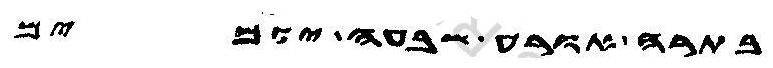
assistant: בתרה אורע שבעה יומים